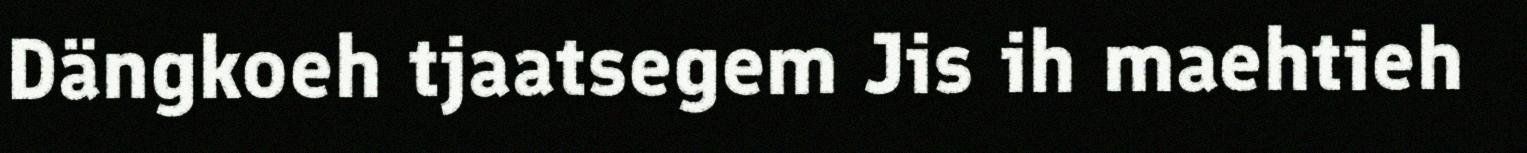
Dängkoeh tjaatsegem Jis ih maehtieh